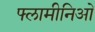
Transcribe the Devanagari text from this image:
फ्लामीनिओ